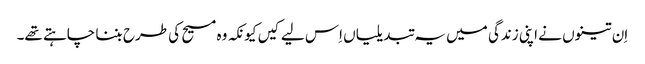
‏ اِن تینوں نے اپنی زندگی میں یہ تبدیلیاں اِس لیے کیں کیونکہ وہ مسیح کی طرح بننا چاہتے تھے۔